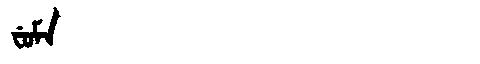
Manchu: ᠸᡠᠮᠠ
Romanization: FUMA